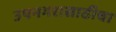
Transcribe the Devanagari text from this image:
उपनगरासाठीचा